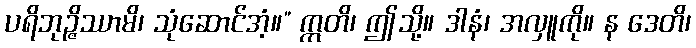
ပရိဘုဉ္ဇိဿာမိ၊ သုံဆောင်အံ့။” ဣတိ၊ ဤသို့။ ဒါနံ၊ အလှူကို။ န ဒေတိ၊